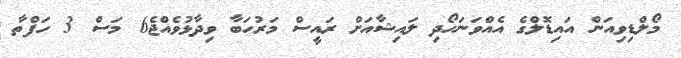
މޯލްޑިވިއަން އައިޑޮލްގެ އެއްވަނަހޯދި ލައިޝާއަށް ރައީސް މަރުހަބާ ވިދާޅުވެއްޖެ6 މަސް 3 ހަފްތާ